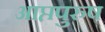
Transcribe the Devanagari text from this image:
आप्तपुरुष